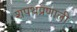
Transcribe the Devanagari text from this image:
शपथप्रणाली